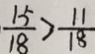
\frac { 1 5 } { 1 8 } > \frac { 1 1 } { 1 8 }